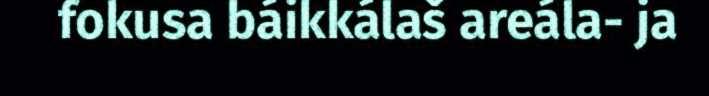
fokusa báikkálaš areála- ja